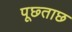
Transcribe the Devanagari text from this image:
पूछ्ताछ